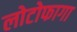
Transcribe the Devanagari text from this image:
लोटोफागा